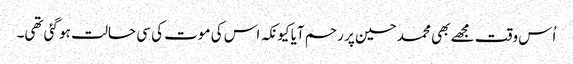
اُس وقت مجھے بھی محمد حسین پر رحم آیا کیونکہ اس کی موت کی سی حالت ہو گئی تھی۔